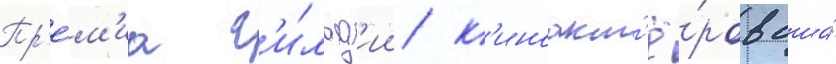
Пр'е́м'иа г'и́льд'ии к'иноакт'ё́ров сша́